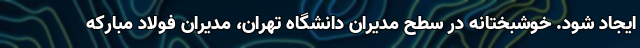
ایجاد شود. خوشبختانه در سطح مدیران دانشگاه تهران، مدیران فولاد مبارکه